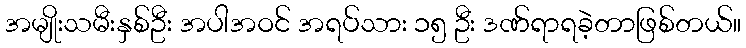
အမျိုးသမီးနှစ်ဦး အပါအဝင် အရပ်သား ၁၅ ဦး ဒဏ်ရာရခဲ့တာဖြစ်တယ်။